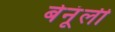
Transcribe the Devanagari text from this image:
बेनूंली